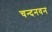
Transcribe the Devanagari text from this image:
चन्दनवन